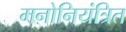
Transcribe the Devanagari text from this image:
मनोनियंत्रित